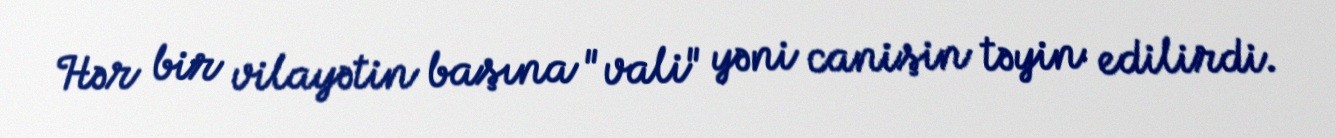
Hər bir vilayətin başına "vali" yəni canişin təyin edilirdi.